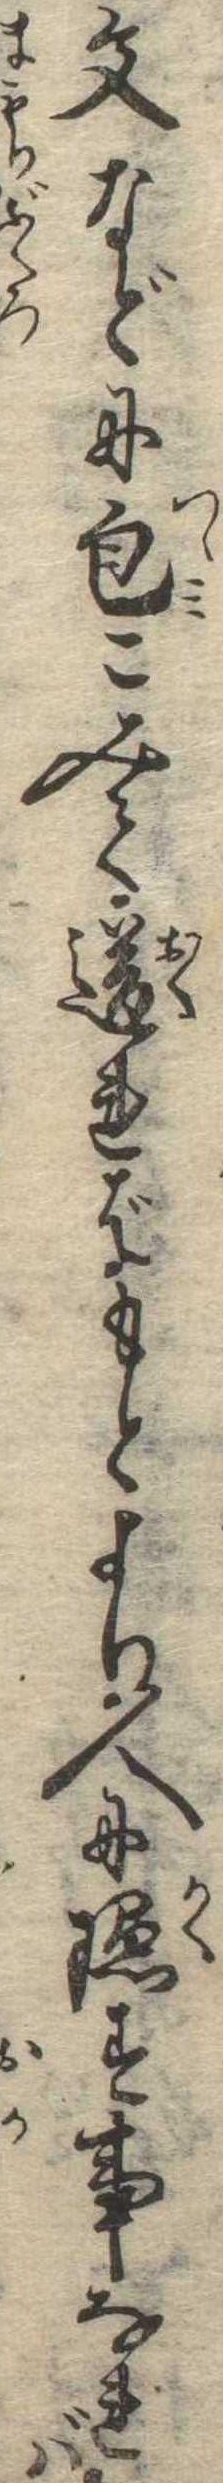
文などに包こみて送ればもとより人に隠す事なれば